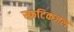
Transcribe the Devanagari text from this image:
स्फटिकजल